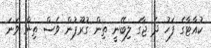
ކުއާޓާގެ ފަހު ދެ ޖާގަ ލިބޭނީ ތިން ގުރޫޕުން ވެސް ތިން ވަނަ